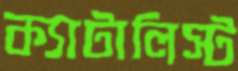
ক্যাটালিস্ট